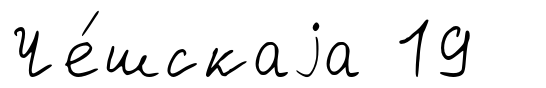
Че́шскаjа 19